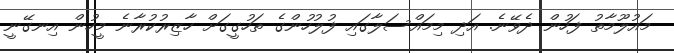
މައުލޫމާތު ފަހުން ދެވޭނެ. އަދި މިމައްސަލާގައި ފުލުހުންގެ ތަހުގީގަށް ހާޒިރުކުރާނެ މީހުން އިނގޭނީ